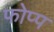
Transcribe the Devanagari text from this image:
फोप्प